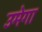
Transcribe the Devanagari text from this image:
उमेगा